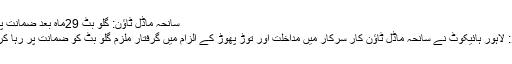
سانحہ ماڈل ٹاؤن: گلو بٹ 29ماہ بعد ضمانت پر رہا
لاہور: لاہور ہائیکوٹ نے سانحہ ماڈل ٹاؤن کار سرکار میں مداخلت اور توڑ پھوڑ کے الزام میں گرفتار ملزم گلو بٹ کو ضمانت پر رہا کر دیا ۔